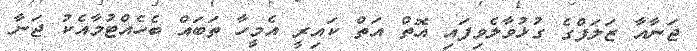
ޖަނާއާ ޒަލަފްގެ ގުޅުވާލެވިފައި އޮތް އަތް ކައިރީ އެމީހާ ތަބައް ބެހެއްޓުމާއެކު ޖަނާ